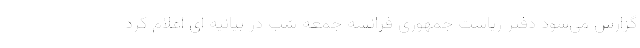
گزارش می‌شود دفتر ریاست جمهوری فرانسه جمعه شب در بیانیه ای اعلام کرد